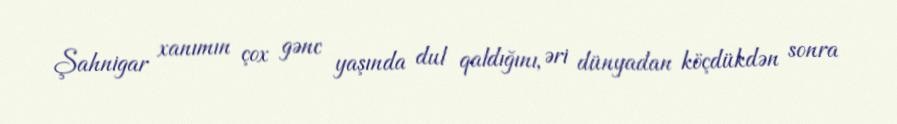
Şahnigar xanımın çox gənc yaşında dul qaldığını, əri dünyadan köçdükdən sonra